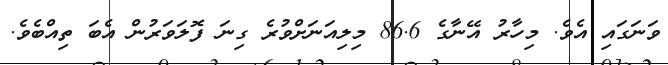
ވަނަގައި އެވެ. މިހާރު އޭނާގެ 86.6 މިލިއަނަށްވުރެ ގިނަ ފޮލަވަރުން އެބަ ތިއްބެވެ.